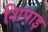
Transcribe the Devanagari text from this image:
शिपाइ